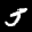
Label: 5